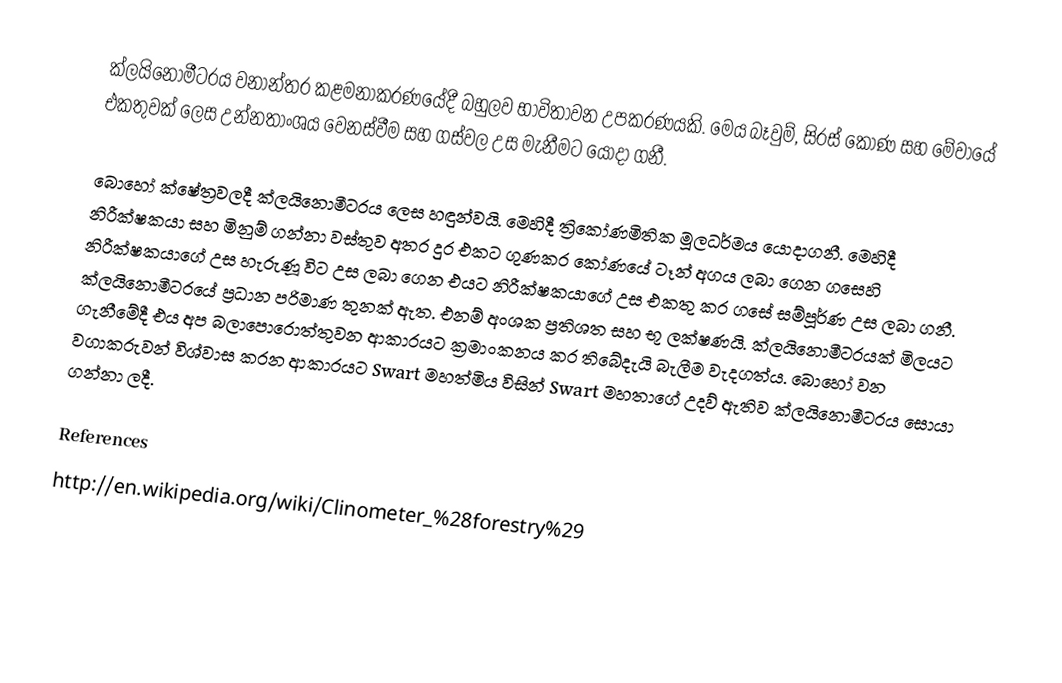
ක්ලයිනොමීටරය වනාන්තර කළමනාකරණයේදී බහුලව භාවිතාවන උපකරණයකි. මෙය බෑවුම්, සිරස් කෝණ සහ මේවායේ එකතුවක් ලෙස උන්නතාංශය වෙනස්වීම සහ ගස්වල උස මැනීමට යොදා ගනී.

බොහෝ ක්ෂේත්‍රවලදී ක්ලයිනොමීටරය ලෙස හඳුන්වයි. මෙහිදී ත්‍රිකෝණමිතික මූලධර්මය යොදාගනී. මෙහිදී නිරීක්ෂකයා සහ මිනුම් ගන්නා වස්තුව අතර දුර එකට ගුණකර කෝණයේ ටෑන් අගය ලබා ගෙන ගසෙහි නිරීක්ෂකයාගේ උස හැරුණූ විට උස ලබා ගෙන එයට නිරීක්ෂකයාගේ උස එකතු කර ගසේ සම්පූර්ණ උස ලබා ගනී. ක්ලයිනොමීටරයේ ප්‍රධාන පරිමාණ තුනක් ඇත. එනම් අංශක ප්‍රතිශත සහ භූ ලක්ෂණයි. ක්ලයිනොමීටරයක් මිලයට ගැනීමේදී එය අප බලාපොරොත්තුවන ආකාරයට ක්‍රමාංකනය කර තිබේදැයි බැලීම වැදගත්ය. බොහෝ වන වගාකරුවන් විශ්වාස කරන ආකාරයට Swart මහත්මිය විසින් Swart මහතාගේ උදව් ඇතිව ක්ලයිනොමීටරය සොයා ගන්නා ලදී.

References
http://en.wikipedia.org/wiki/Clinometer_%28forestry%29